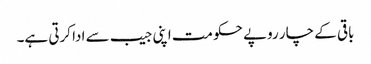
باقی کے چار روپے حکومت اپنی جیب سے ادا کرتی ہے۔